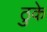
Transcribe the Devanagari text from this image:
ठुके